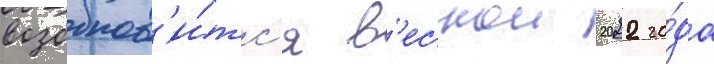
возобнов'и́тс'я в'еснои 2022 го́да